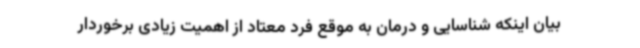
بیان اینکه شناسایی و درمان به موقع فرد معتاد از اهمیت زیادی برخوردار